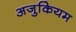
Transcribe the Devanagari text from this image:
अजुकियम